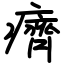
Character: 癠